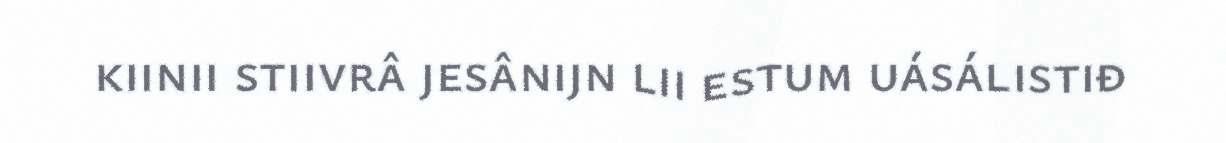
kiinii stiivrâ jesânijn lii estum uásálistiđ